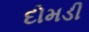
દોમડી